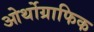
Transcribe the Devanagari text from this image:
ओर्थोग्राफिक